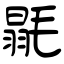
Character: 毾